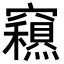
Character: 𥨽